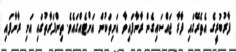
ފާރުބުރީގެ އެތެރޭގައި ފާރާ ޖައްސައިގެން ރާނާފައިވާ އަށިތަކުން އަށްޓެއްގައެވެ. ތިންފަރާތުގައި އަށި ރާނާފައި